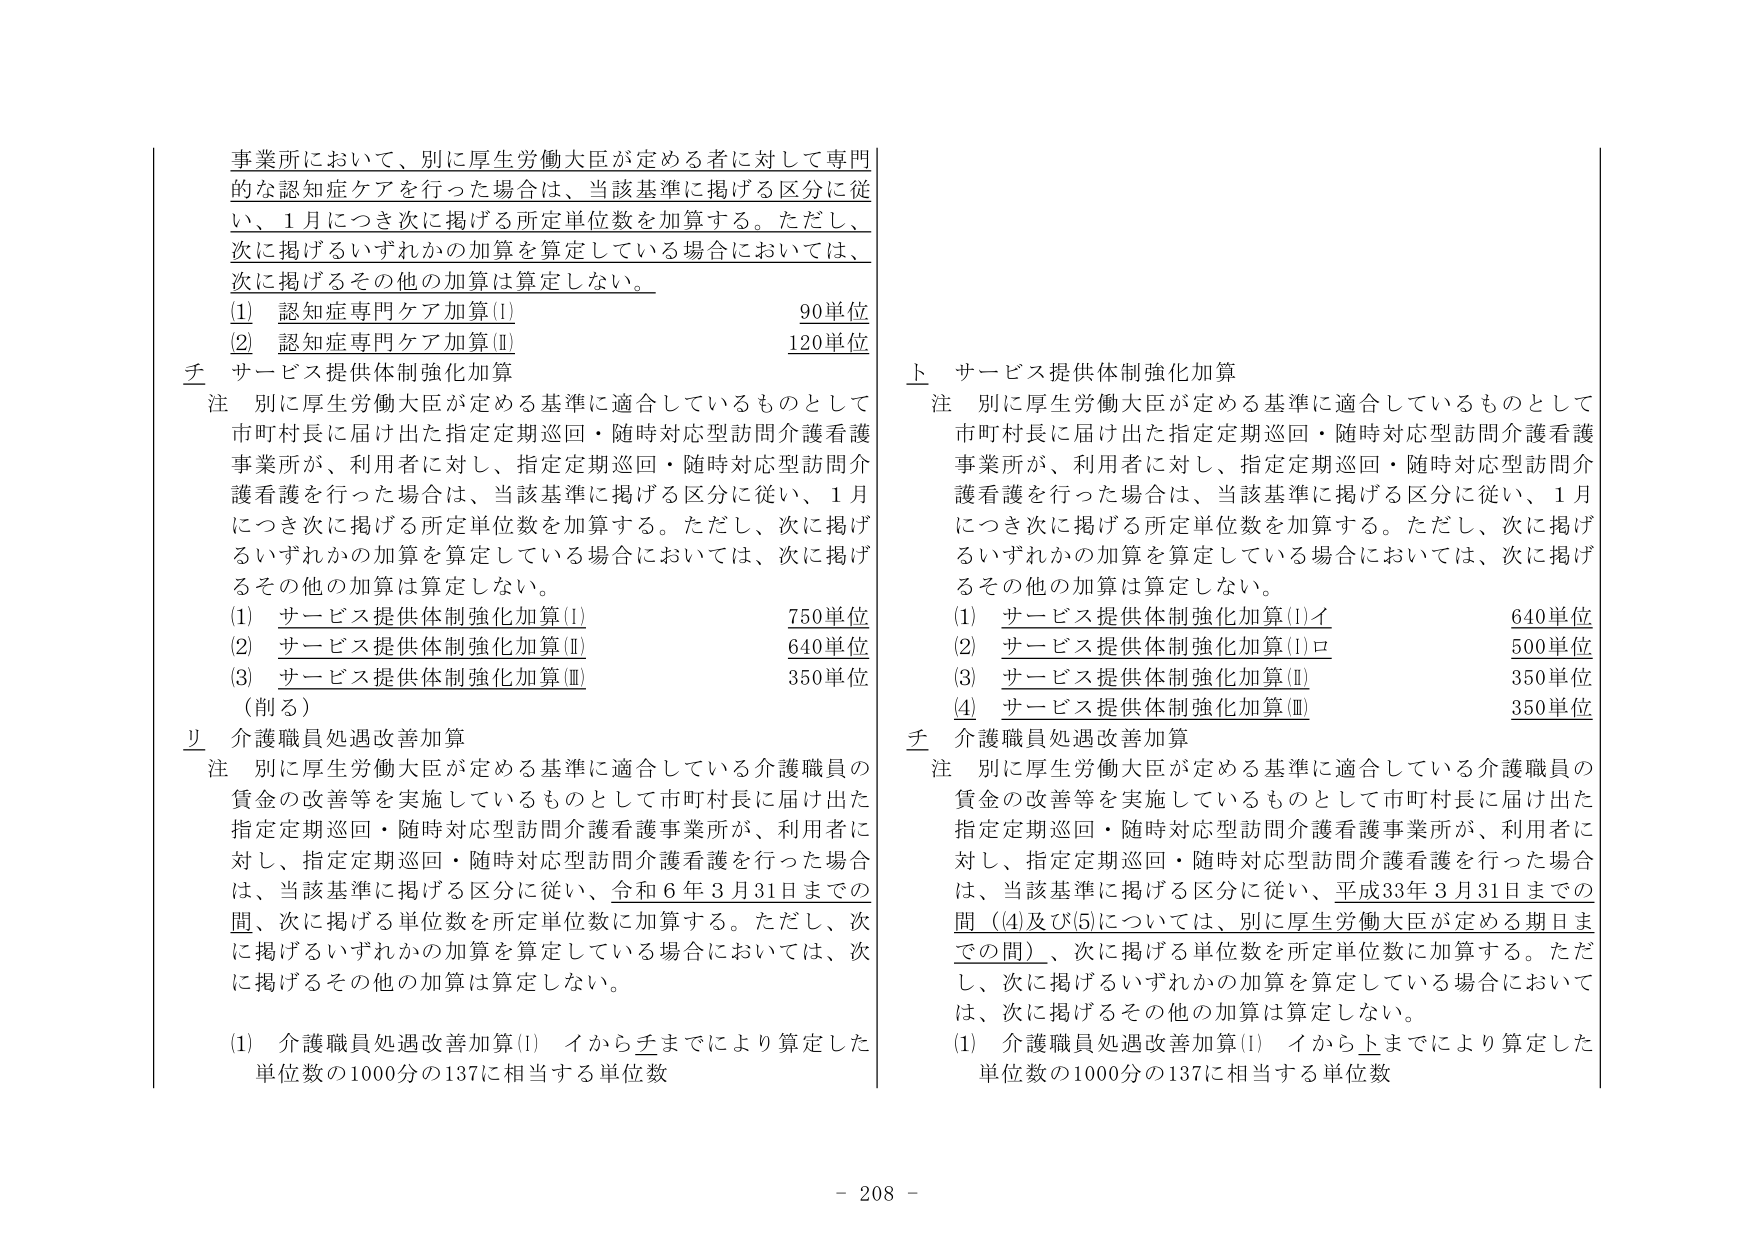
事業所において、別に厚生労働大臣が定める者に対して専門的な認知症ケアを行った場合は、当該基準に掲げる区分に従い、1月につき次に掲げる所定単位数を加算する。ただし、次に掲げるいずれかの加算を算定している場合においては、次に掲げるその他の加算は算定しない。

(1) 認知症専門ケア加算(Ⅰ) 90単位
(2) 認知症専門ケア加算(Ⅱ) 120単位

チ サービス提供体制強化加算
注 別に厚生労働大臣が定める基準に適合しているものとして市町村長に届け出た指定定期巡回・随時対応型訪問介護看護事業所が、利用者に対し、指定定期巡回・随時対応型訪問介護看護を行った場合は、当該基準に掲げる区分に従い、1月につき次に掲げる所定単位数を加算する。ただし、次に掲げるいずれかの加算を算定している場合においては、次に掲げるその他の加算は算定しない。

(1) サービス提供体制強化加算(Ⅰ) 750単位
(2) サービス提供体制強化加算(Ⅱ) 640単位
(3) サービス提供体制強化加算(Ⅲ) 350単位
（削る）

リ 介護職員処遇改善加算
注 別に厚生労働大臣が定める基準に適合している介護職員の賃金の改善等を実施しているものとして市町村長に届け出た指定定期巡回・随時対応型訪問介護看護事業所が、利用者に対し、指定定期巡回・随時対応型訪問介護看護を行った場合は、当該基準に掲げる区分に従い、令和6年3月31日までの間、次に掲げる単位数を所定単位数に加算する。ただし、次に掲げるいずれかの加算を算定している場合においては、次に掲げるその他の加算は算定しない。

(1) 介護職員処遇改善加算(Ⅰ) イからチまでにより算定した単位数の1000分の137に相当する単位数

ト サービス提供体制強化加算
注 別に厚生労働大臣が定める基準に適合しているものとして市町村長に届け出た指定定期巡回・随時対応型訪問介護看護事業所が、利用者に対し、指定定期巡回・随時対応型訪問介護看護を行った場合は、当該基準に掲げる区分に従い、1月につき次に掲げる所定単位数を加算する。ただし、次に掲げるいずれかの加算を算定している場合においては、次に掲げるその他の加算は算定しない。

(1) サービス提供体制強化加算(Ⅰ)イ 640単位
(2) サービス提供体制強化加算(Ⅰ)ロ 500単位
(3) サービス提供体制強化加算(Ⅱ) 350単位
(4) サービス提供体制強化加算(Ⅲ) 350単位

チ 介護職員処遇改善加算
注 別に厚生労働大臣が定める基準に適合している介護職員の賃金の改善等を実施しているものとして市町村長に届け出た指定定期巡回・随時対応型訪問介護看護事業所が、利用者に対し、指定定期巡回・随時対応型訪問介護看護を行った場合は、当該基準に掲げる区分に従い、平成33年3月31日までの間（(4)及び(5)については、別に厚生労働大臣が定める期日までの間）、次に掲げる単位数を所定単位数に加算する。ただし、次に掲げるいずれかの加算を算定している場合においては、次に掲げるその他の加算は算定しない。

(1) 介護職員処遇改善加算(Ⅰ) イからトまでにより算定した単位数の1000分の137に相当する単位数

- 208 -